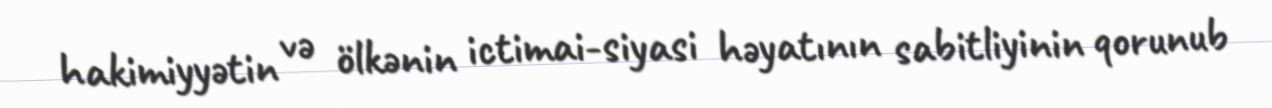
hakimiyyətin və ölkənin ictimai-siyasi həyatının sabitliyinin qorunub